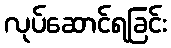
လုပ်ဆောင်ရခြင်း